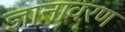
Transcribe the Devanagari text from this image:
ज्ञानावरण